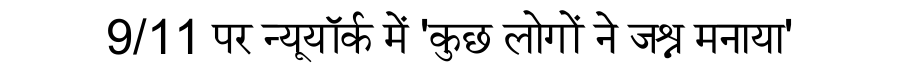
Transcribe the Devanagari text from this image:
9/11 पर न्यूयॉर्क में 'कुछ लोगों ने जश्न मनाया'